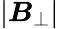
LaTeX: |\boldsymbol{B}_{\perp}|